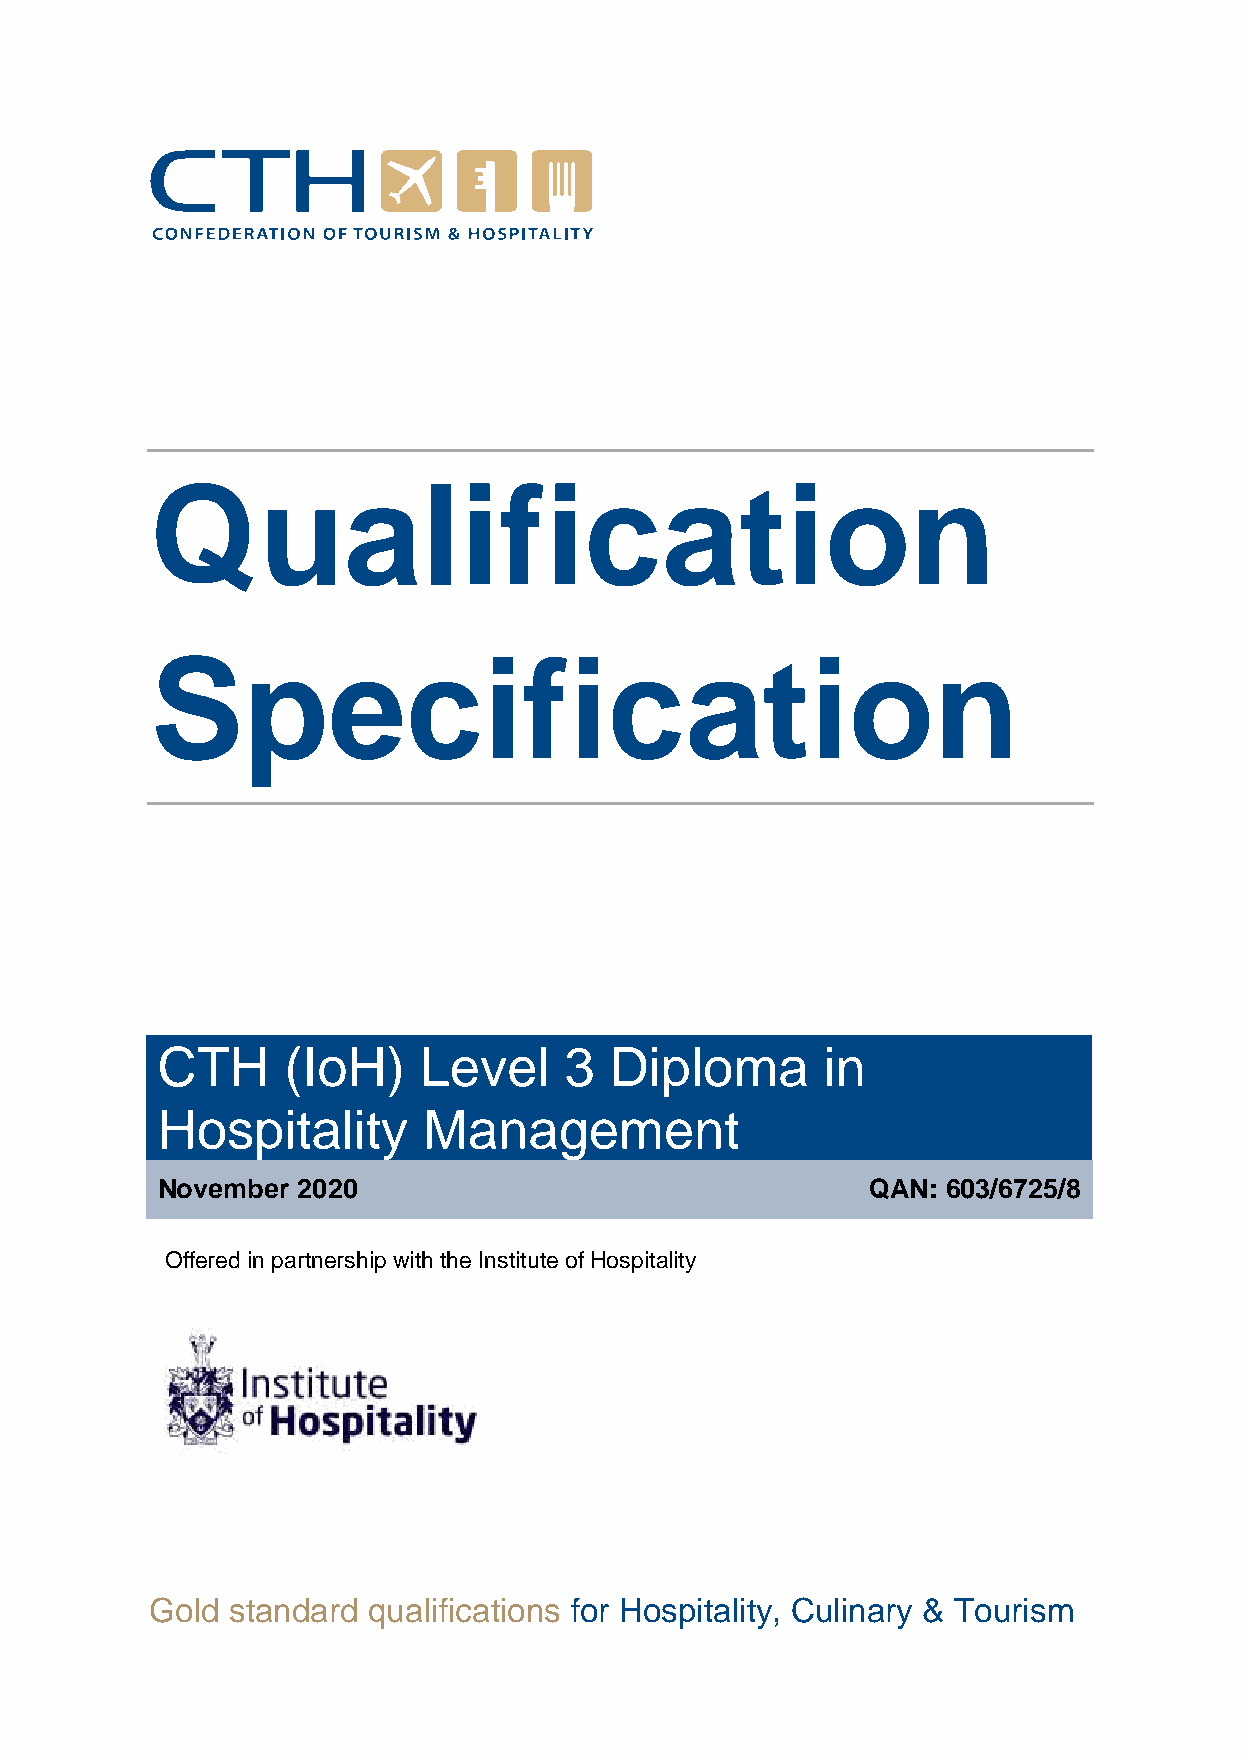
Qualification
 Specification
 CTH      (IoH)    Level    3  Diploma       in
 Hospitality       Management
 November  2020                                 QAN:  603/6725/8
 Offered in partnership with the Institute of Hospitality
 Gold standard qualifications for Hospitality, Culinary & Tourism